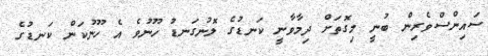
ސައިންސްވެރިން ބުނީ މިގޮތަށް ދިމާވާނީ ކަނޑުގެ ލޮނުގަނޑު ހޫނުވެ އެ ހޫނުކަން ކަނޑުގެ